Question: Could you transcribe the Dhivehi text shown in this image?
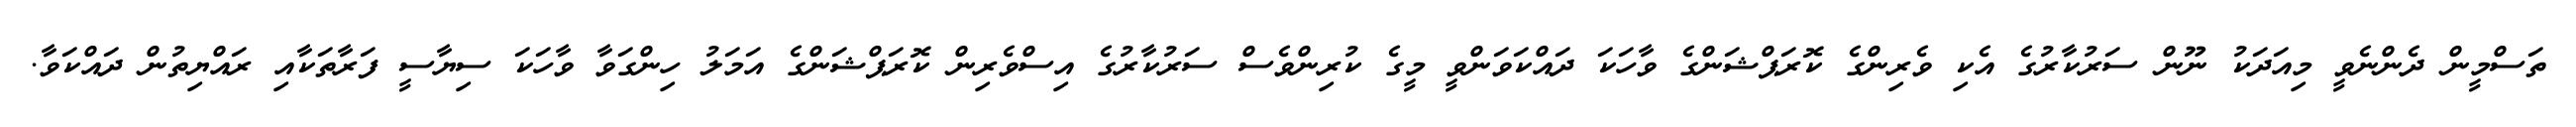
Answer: ތަސްމީން ދެންނެވީ މިއަދަކު ނޫން ސަރުކާރުގެ އެކި ވެރިންގެ ކޮރަޕްޝަންގެ ވާހަކަ ދައްކަވަންވީ މީގެ ކުރިންވެސް ސަރުކާރުގެ އިސްވެރިން ކޮރަޕްޝަންގެ އަމަލު ހިންގަވާ ވާހަކަ ސިޔާސީ ފަރާތަކާއި ރައްޔިތުން ދައްކަވާ.